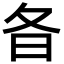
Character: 𣅈